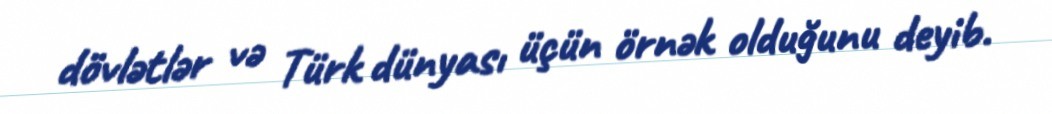
dövlətlər və Türk dünyası üçün örnək olduğunu deyib.